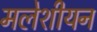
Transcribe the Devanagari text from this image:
मलेशीयन